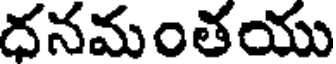
దనమంతయు